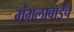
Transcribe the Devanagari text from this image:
मंगलाबाईंचे